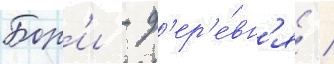
Бор'и - д'ер'е́вн'я /